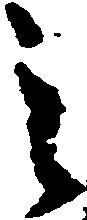
之